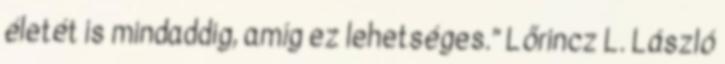
életét is mindaddig, amíg ez lehetséges.” Lőrincz L. László